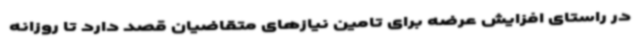
در راستای افزایش عرضه برای تامین نیازهای متقاضیان قصد دارد تا روزانه